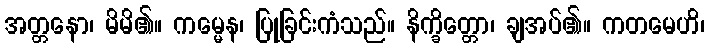
အတ္တနော၊ မိမိ၏။ ကမ္မေန၊ ပြုခြင်းကံသည်။ နိက္ခိတ္တော၊ ချအပ်၏။ ကတမေဟိ၊